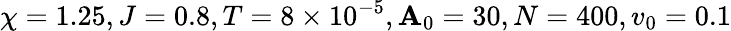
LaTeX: \chi=1.25,J=0.8,T=8\times10^{-5},\mathbf{A}_{0}=30,N=400,v_{0}=0.1